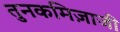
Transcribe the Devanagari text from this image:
तुनकमिज़ाजी